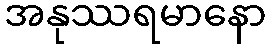
အနုဿရမာနော